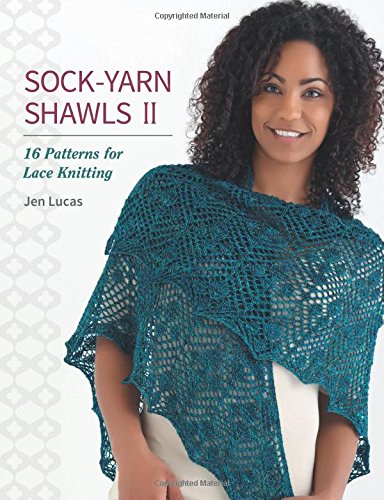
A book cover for Sock-Yarn Shawls II: 16 Patterns for Lace Knitting; Jen Lucas; Crafts, Hobbies & Home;